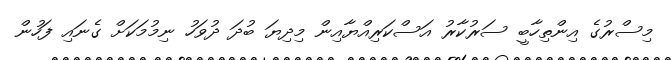
މިސްރުގެ އިންތިހާބީ ސަރުކާރު އަސްކަރިއްޔާއިން މިދިޔަ ބުދަ ދުވަހު ނިމުމަކަށް ގެނައި ފަހުން